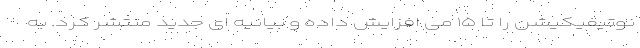
نوتیفیکیشن را تا ۱۵ می افزایش داده و بیانیه ای جدید منتشر کرد. به